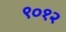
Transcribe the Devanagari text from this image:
९०१२